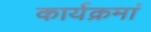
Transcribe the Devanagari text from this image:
कार्यक्रमां